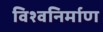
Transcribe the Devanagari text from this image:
विश्वनिर्माण